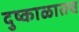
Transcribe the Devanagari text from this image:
दुष्काळातच